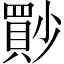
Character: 𡮳